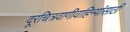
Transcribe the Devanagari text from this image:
दूरचित्रवाणीवाहिन्यांसाठी